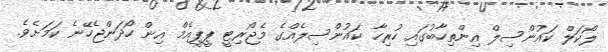
ލޯކަލް ކައުންސިލް އިންތިހާބުގައި ހުރިހާ ކައުންސިލެއްގެ މެޖޯރިޓީ ޕީޕީއެމް އިން ހޯދަންޖެހޭނެ ކަމަށެވެ.